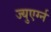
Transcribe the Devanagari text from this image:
ज्युएर्ग्न